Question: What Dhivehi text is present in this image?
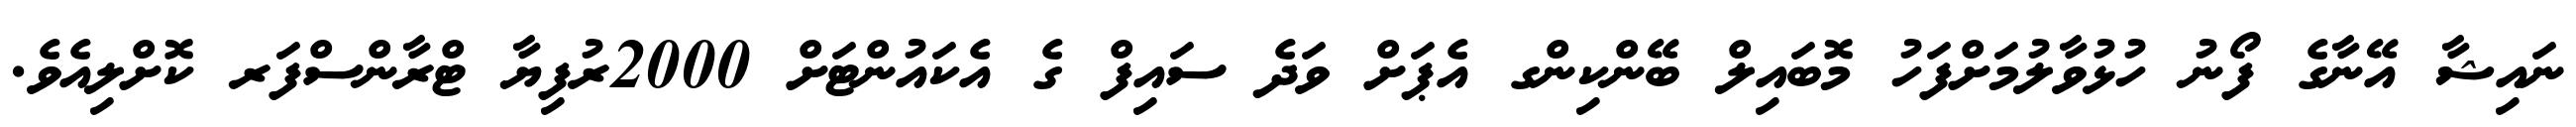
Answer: ނައިޝާ އޭނާގެ ފޯނު ހުޅުވާލުމަށްފަހު މޮބައިލް ބޭންކިންގ އެޕަށް ވަދެ ސައިފް ގެ އެކައުންޓަށް 2000ރުފިޔާ ޓްރާންސްފަރ ކޮށްލިއެވެ.